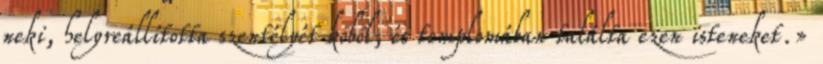
neki, helyreállította szentélyét kőből, és templomában találta ezen isteneket.»